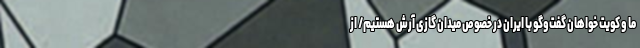
ما و کویت خواهان گفت‌وگو با ایران در خصوص میدان گازی آرش هستیم/ از